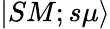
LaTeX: \left|SM;s\mu\right\rangle